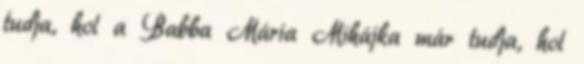
tudja, hol a Babba Mária Mihájka már tudja, hol